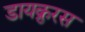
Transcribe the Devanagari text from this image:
डायक्रुरस